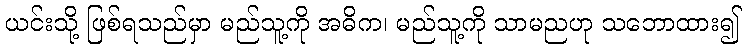
ယင်းသို့ ဖြစ်ရသည်မှာ မည်သူ့ကို အဓိက၊ မည်သူ့ကို သာမညဟု သဘောထား၍